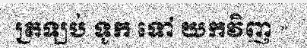
ត្រឡប់ ទូក ទៅ យកវិញ »